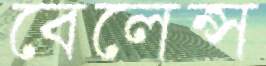
বেলেন্স